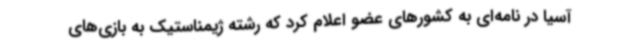
آسیا در نامه‌ای به کشورهای عضو اعلام کرد که رشته ژیمناستیک به بازی‌های